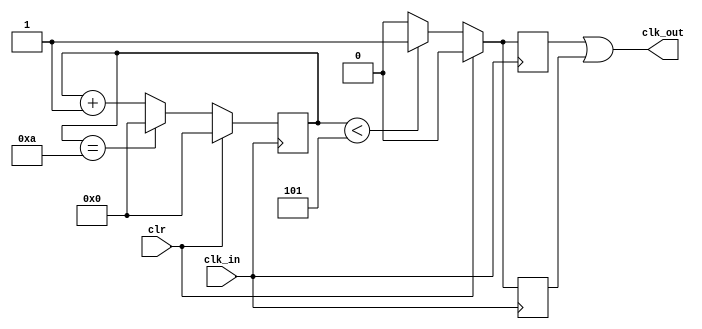
module hw7(clk_in,clr,clk_out);
input clk_in,clr;
output clk_out;
reg [3:0]cnt_p,cnt_n;
reg clk_p,clk_n;

assign clk_out = clk_n | clk_p;
// Finished
always@(posedge clk_in)begin
if(clr)  
 cnt_p <= 4'd0;
else if(cnt_p==4'd10)
 cnt_p <= 4'd0;
else   
 cnt_p <= cnt_p + 4'd1;
end
always@(posedge clk_in)begin
if(clr)  
 clk_p <= 4'd0;
else if(cnt_p < 4'd5)  
 clk_p <= 4'd1;
else   
 clk_p <= 4'd0;
end
always@(negedge clk_in)begin
if(clr)  
 cnt_n <= 4'd0;
else if(cnt_n==4'd10)
 cnt_n <= 4'd0;
else   
 cnt_n <= cnt_n + 4'd1;
end
always@(negedge clk_in)begin
if(clr)  
 clk_n <= 4'd0;
else if(cnt_p < 4'd5)  
 clk_n <= 4'd1;
else   
 clk_n <= 4'd0;
end
 
endmodule